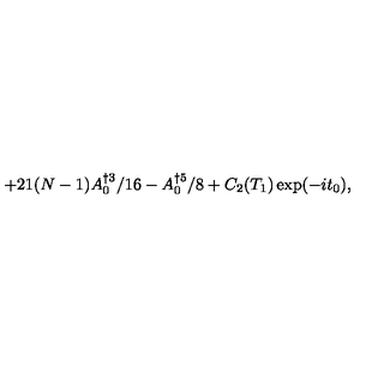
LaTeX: + 2 1 ( N - 1 ) A _ { 0 } ^ { \dag 3 } / 1 6 - A _ { 0 } ^ { \dag 5 } / 8 + C _ { 2 } ( T _ { 1 } ) \exp ( - i t _ { 0 } ) ,